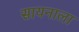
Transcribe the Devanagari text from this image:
सायनाला